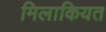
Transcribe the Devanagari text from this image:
मिलाकियत